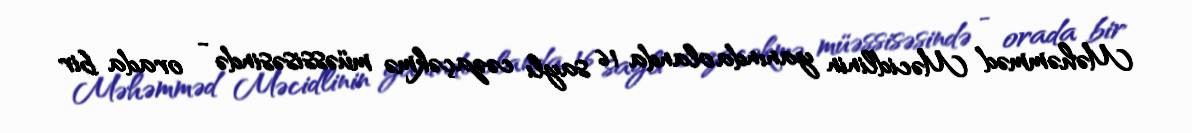
Məhəmməd Məcidlinin yanında olanda 16 saylı cəzaçəkmə müəssisəsində - orada bir